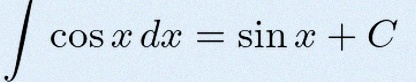
\int \cos x\,dx=\sin x+C